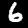
Digit: 6